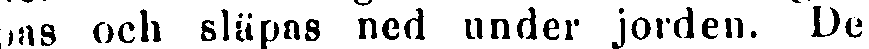
pas och släpas ned under jorden. De